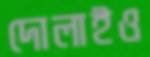
দোলাইও